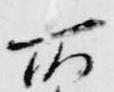
所